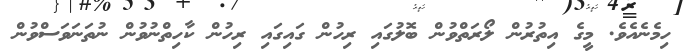
ހިމެނެއެވެ. މީގެ އިތުރުން ލޯރަތްވުން ބޮލުގައި ރިހުން ގައިގައި ރިހުން ކާހިތްނުވުން ނުތަނަވަސްވުން